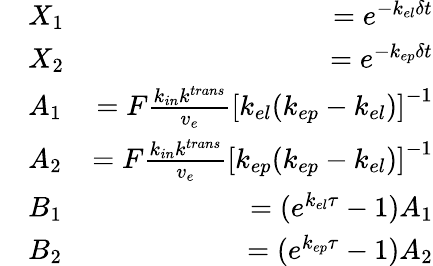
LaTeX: \begin{array}{rlr}&{X_{1}}&{=e^{-k_{el}\delta t}}\\ &{X_{2}}&{=e^{-k_{ep}\delta t}}\\ &{A_{1}}&{=F\frac{k_{in}k^{trans}}{v_{e}}\left[k_{el}(k_{ep}-k_{el})\right]^{-1}}\\ &{A_{2}}&{=F\frac{k_{in}k^{trans}}{v_{e}}\left[k_{ep}(k_{ep}-k_{el})\right]^{-1}}\\ &{B_{1}}&{=(e^{k_{el}\tau}-1)A_{1}}\\ &{B_{2}}&{=(e^{k_{ep}\tau}-1)A_{2}}\end{array}